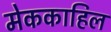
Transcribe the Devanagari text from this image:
मेककाहिल